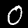
Label: 0